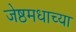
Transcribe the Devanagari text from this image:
जेष्ठमधाच्या